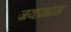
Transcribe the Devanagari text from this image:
जयप्रभास